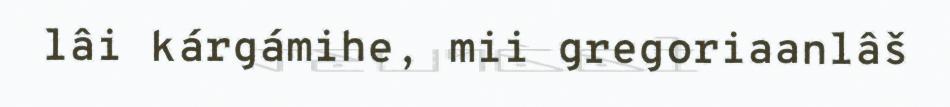
lâi kárgámihe, mii gregoriaanlâš